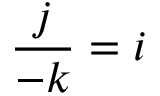
{ \frac { j } { - k } } = i